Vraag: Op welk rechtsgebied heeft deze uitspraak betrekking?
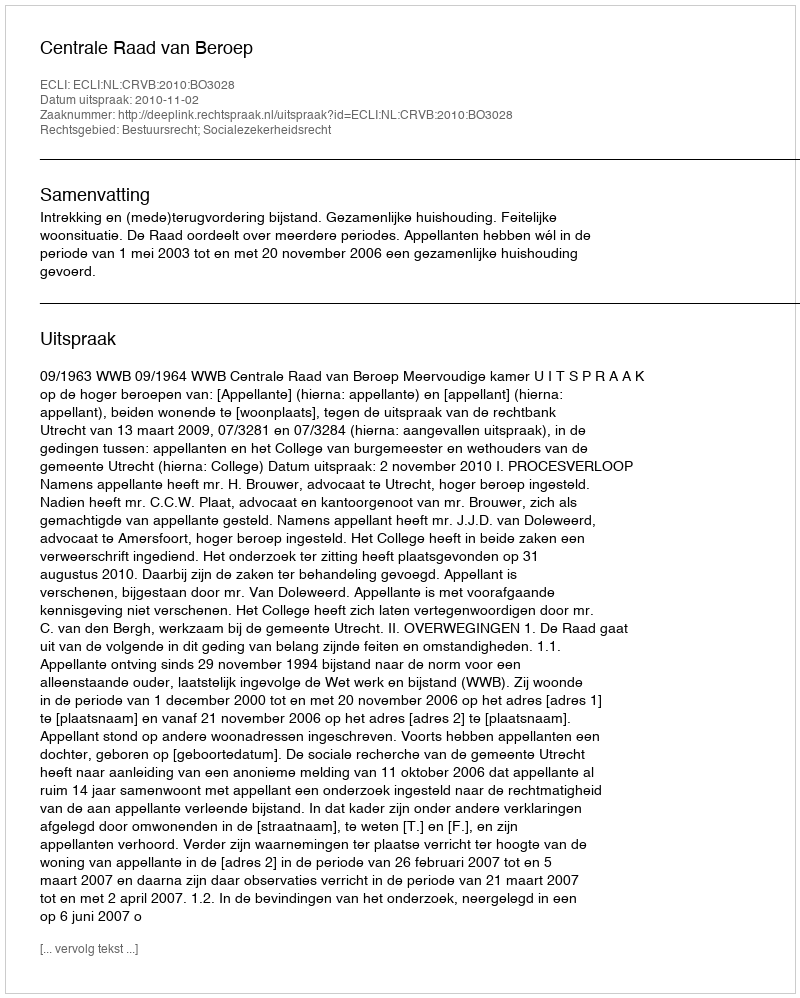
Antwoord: Bestuursrecht; Socialezekerheidsrecht